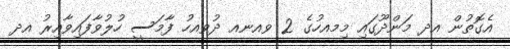
އެގޮތުން އދ މަންދޫގައި މިމއހުގެ 2 ވއނއ ދުވއހު ފާމަސީ ހުލުވާފައިވާއިރު އދ